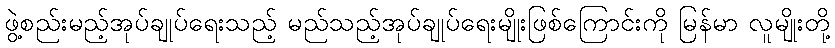
ဖွဲ့စည်းမည့်အုပ်ချုပ်ရေးသည့် မည်သည့်အုပ်ချုပ်ရေးမျိုးဖြစ်ကြောင်းကို မြန်မာ လူမျိုးတို့